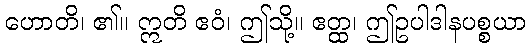
ဟောတိ၊ ၏။ ဣတိ ဧဝံ၊ ဤသို့။ ဧတ္ထ၊ ဤဥပါဒါနပစ္စယာ